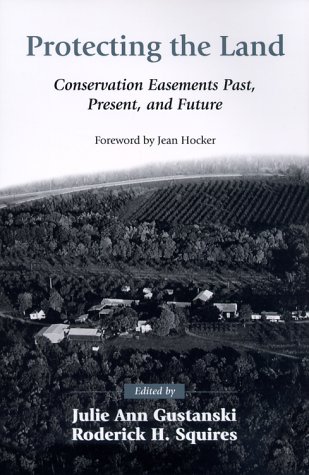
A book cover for Protecting the Land: Conservation Easements Past, Present, and Future; Law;